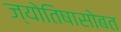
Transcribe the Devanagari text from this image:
ज्योतिषासोबत